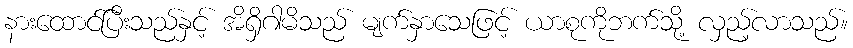
နားထောင်ပြီးသည်နှင့် အိရှိဂါမိသည် မျက်နှာသေဖြင့် ယာစုကိုဘက်သို့ လှည့်လာသည်။